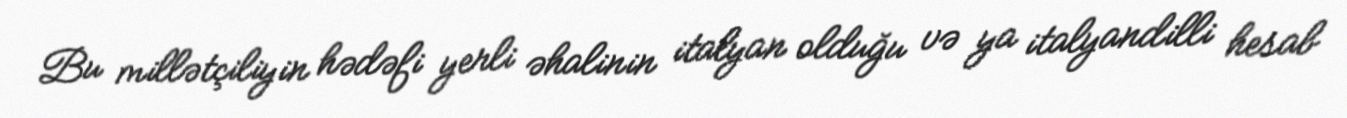
Bu millətçiliyin hədəfi yerli əhalinin italyan olduğu və ya italyandilli hesab